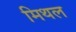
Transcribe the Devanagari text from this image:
मिथल